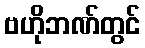
ဗဟိုဘဏ်တွင်